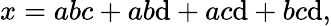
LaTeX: x=abc+ab\mathrm{d}+ac\mathrm{d}+bc\mathrm{d},